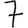
Digit: 7